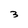
Character: 3